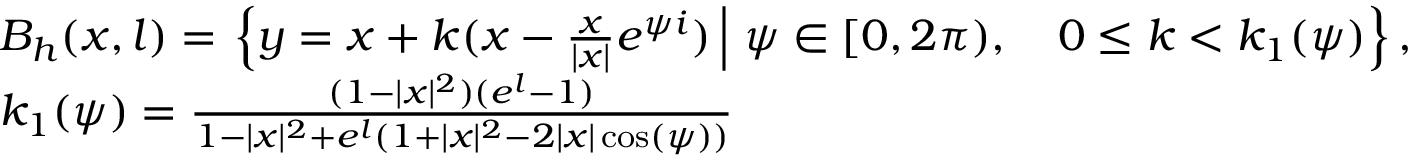
\begin{array} { r l } & { B _ { h } ( x , l ) = \left. \left\{ y = x + k ( x - \frac { x } { | x | } e ^ { \psi i } ) \, \right| \, \psi \in [ 0 , 2 \pi ) , \quad 0 \leq k < k _ { 1 } ( \psi ) \vphantom { \frac { 1 } { 1 } } \right\} , } \\ & { k _ { 1 } ( \psi ) = \frac { ( 1 - | x | ^ { 2 } ) ( e ^ { l } - 1 ) } { 1 - | x | ^ { 2 } + e ^ { l } ( 1 + | x | ^ { 2 } - 2 | x | \cos ( \psi ) ) } } \end{array}